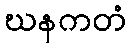
ဃနကတံ